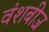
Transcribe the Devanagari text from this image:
वंशबीज